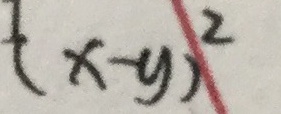
( x - y ) ^ { 2 }